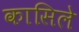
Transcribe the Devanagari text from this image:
कासिले